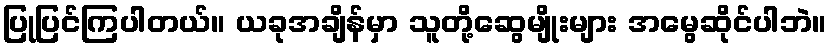
ပြုပြင်ကြပါတယ်။ ယခုအချိန်မှာ သူတို့ဆွေမျိုးများ အမွေဆိုင်ပါဘဲ။